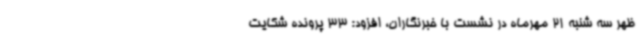
ظهر سه شنبه 21 مهرماه در نشست با خبرنگاران، افزود: 33 پرونده شکایت